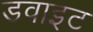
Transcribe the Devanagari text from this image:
डवाइट